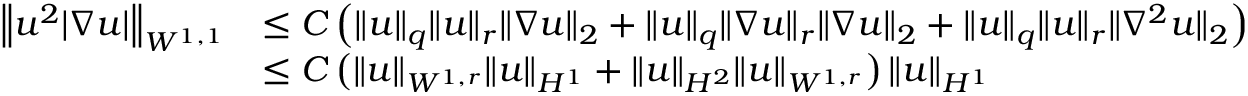
\begin{array} { r l } { \left\| u ^ { 2 } | \nabla u | \right\| _ { W ^ { 1 , 1 } } } & { \leq C \left( \| u \| _ { q } \| u \| _ { r } \| \nabla u \| _ { 2 } + \| u \| _ { q } \| \nabla u \| _ { r } \| \nabla u \| _ { 2 } + \| u \| _ { q } \| u \| _ { r } \| \nabla ^ { 2 } u \| _ { 2 } \right) } \\ & { \leq C \left( \| u \| _ { W ^ { 1 , r } } \| u \| _ { H ^ { 1 } } + \| u \| _ { H ^ { 2 } } \| u \| _ { W ^ { 1 , r } } \right) \| u \| _ { H ^ { 1 } } } \end{array}